65_HS1-834228961_62-HQ-83894_Section_8
Agency: FBI
Page 106
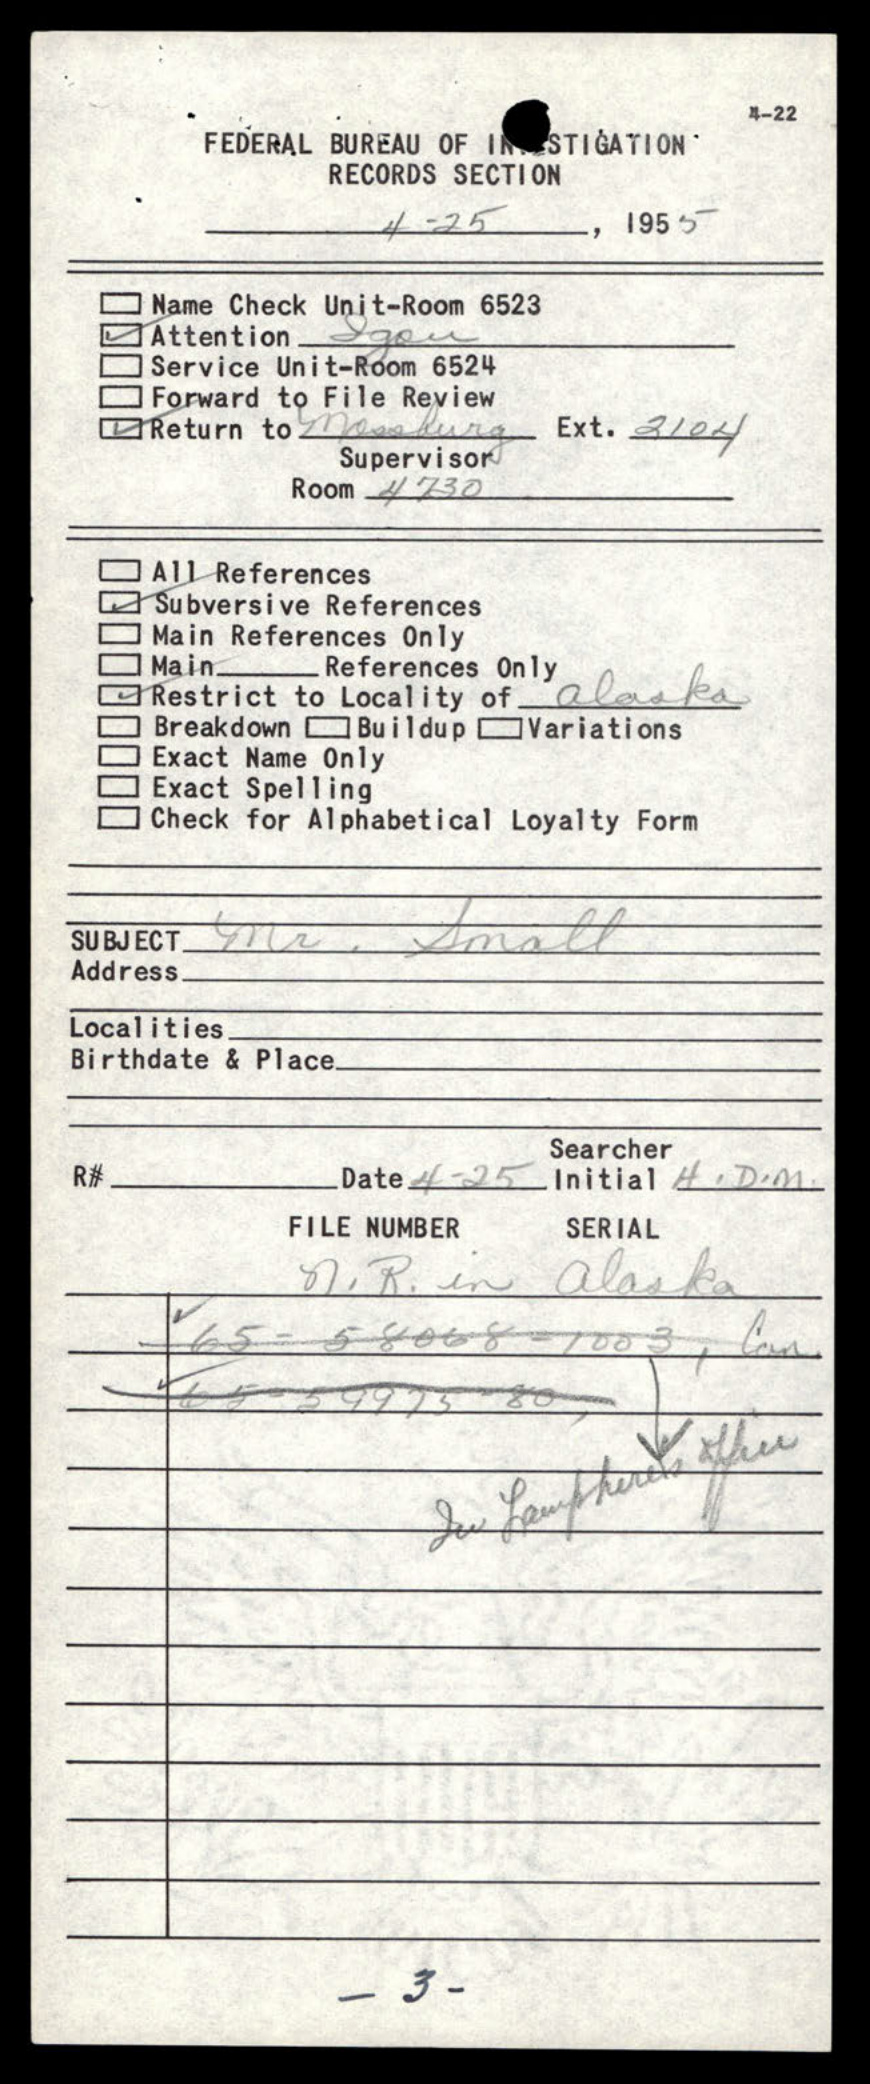